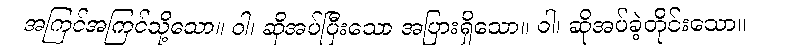
အကြင်အကြင်သို့သော။ ဝါ၊ ဆိုအပ်ပြီးသော အပြားရှိသော။ ဝါ၊ ဆိုအပ်ခဲ့တိုင်းသော။